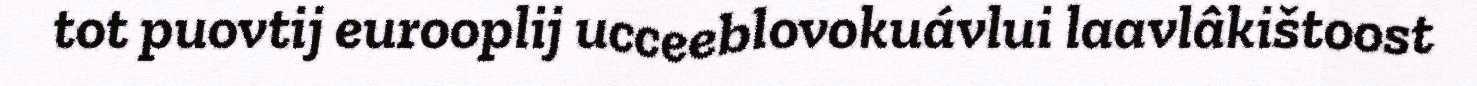
tot puovtij eurooplij ucceeblovokuávlui laavlâkištoost